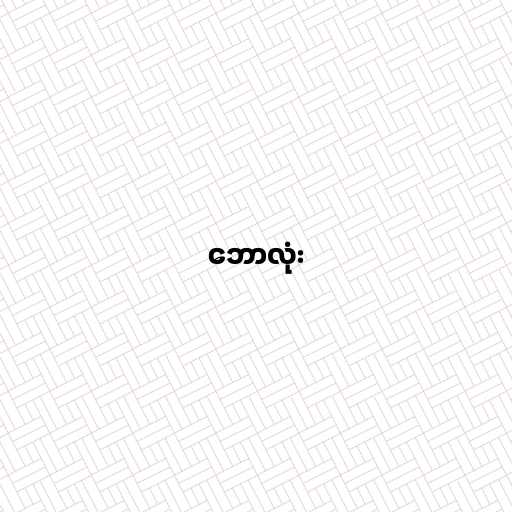
ဘောလုံး